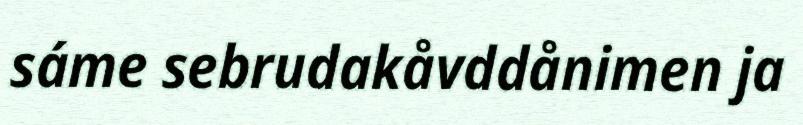
sáme sebrudakåvddånimen ja